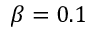
\beta = 0 . 1